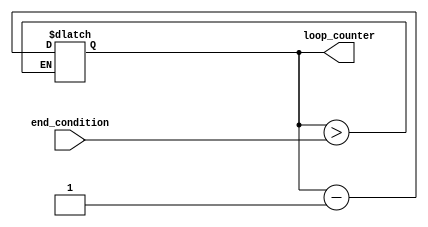
module DecrementalForLoop (
    input wire [3:0] end_condition,
    output reg [3:0] loop_counter
);

// Initialize loop counter
initial begin
    loop_counter <= 8'h0;
end

always @(*) begin
    if (loop_counter > end_condition) begin
        // Perform desired logic operations here
        // ...

        // Decrement loop counter
        loop_counter <= loop_counter - 1;
    end
end

endmodule